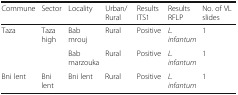
<table><thead><tr><td><b>Commune</b></td><td><b>Sector</b></td><td><b>Locality</b></td><td><b>Urban/Rural</b></td><td><b>Results ITS1</b></td><td><b>Results RFLP</b></td><td><b>No. of VL slides</b></td></tr></thead><tbody><tr><td rowspan="2">Taza</td><td rowspan="2">Taza high</td><td>Bab mrouj</td><td>Rural</td><td>Positive</td><td><i>L. infantum</i></td><td>1</td></tr><tr><td>Bab marzouka</td><td>Rural</td><td>Positive</td><td><i>L. infantum</i></td><td>1</td></tr><tr><td>Bni lent</td><td>Bni lent</td><td>Bni lent</td><td>Rural</td><td>Positive</td><td><i>L. infantum</i></td><td>1</td></tr></tbody></table>